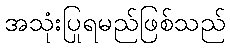
အသုံးပြုရမည်ဖြစ်သည်